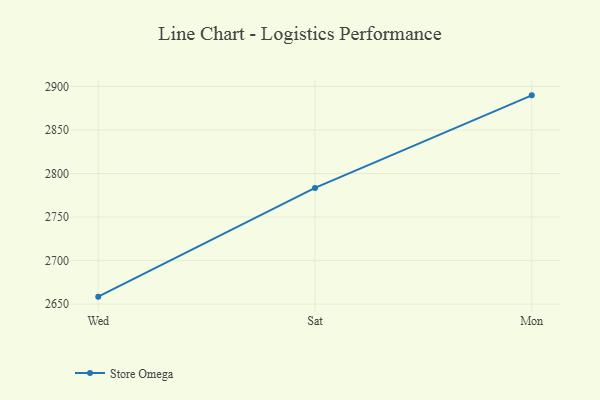
{"axis": {"x": "Day", "y": "Energy Usage (MWh)"}, "legend": ["Store Omega"], "data": [{"x": "Wed", "y": 2658.6, "type": "Store Omega"}, {"x": "Sat", "y": 2783.4, "type": "Store Omega"}, {"x": "Mon", "y": 2889.7, "type": "Store Omega"}]}